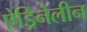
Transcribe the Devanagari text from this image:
ऐड्रिनेलीन